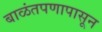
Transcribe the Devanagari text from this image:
बाळंतपणापासून